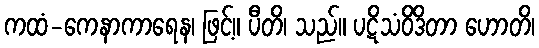
ကထံ-ကေနာကာရေန၊ ဖြင့်။ ပီတိ၊ သည်။ ပဋိသံဝိဒိတာ ဟောတိ၊